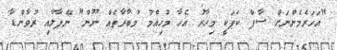
"އަހަރެމެންނަށް ސާފް ކަޕަކީ މިހާރު އެހާ މުހިއްމު މުބާރާތެއް ނޫން" ނޭޕާލާއި ރުވާންޑާ